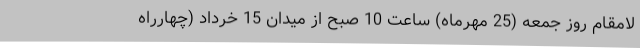
لامقام روز جمعه (25 مهرماه) ساعت 10 صبح از میدان 15 خرداد (چهارراه